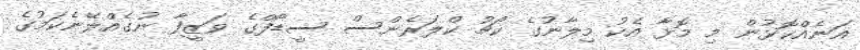
އަނެއްކޮޅުން މި މޮޅާ އެކު މިލާނުގެ ކޯޗު ކްލަރެންސް ސީޑޯފްގެ ވަޒީފާ ނުގެއްލޭނެކަމުގެ